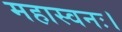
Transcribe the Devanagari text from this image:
महास्वनः।